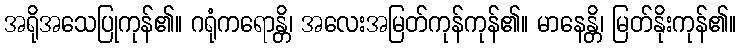
အရိုအသေပြုကုန်၏။ ဂရုံကရောန္တိ၊ အလေးအမြတ်ကုန်ကုန်၏။ မာနေန္တိ၊ မြတ်နိုးကုန်၏။